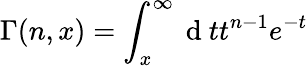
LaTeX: \Gamma(n,x)=\int_{x}^{\infty}\mathrm{~d~}tt^{n-1}e^{-t}